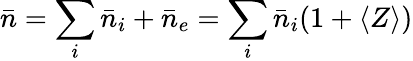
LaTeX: \bar{n}=\sum_{i}\bar{n}_{i}+\bar{n}_{e}=\sum_{i}\bar{n}_{i}(1+\langle Z\rangle)